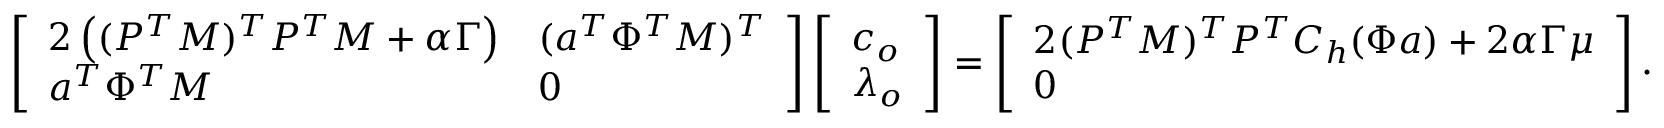
\left[ \begin{array} { l l } { 2 \left( ( P ^ { T } M ) ^ { T } P ^ { T } M + \alpha \Gamma \right) } & { ( \boldsymbol { a } ^ { T } \Phi ^ { T } M ) ^ { T } } \\ { \boldsymbol { a } ^ { T } \Phi ^ { T } M } & { 0 } \end{array} \right] \left[ \begin{array} { l } { \boldsymbol { c } _ { o } } \\ { \lambda _ { o } } \end{array} \right] = \left[ \begin{array} { l } { 2 ( P ^ { T } M ) ^ { T } P ^ { T } C _ { h } ( \Phi \boldsymbol { a } ) + 2 \alpha \Gamma \boldsymbol { \mu } } \\ { 0 } \end{array} \right] .